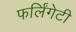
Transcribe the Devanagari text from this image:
फर्लिंगेटी